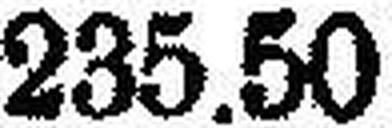
235.50